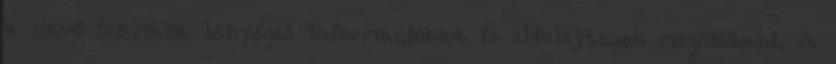
a vevő számára lényeges információkat is elfelejtenek megosztani. A